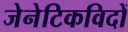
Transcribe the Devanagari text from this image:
जेनेटिकविदों